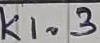
Text: K1.3